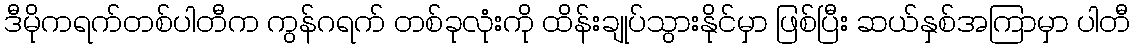
ဒီမိုကရက်တစ်ပါတီက ကွန်ဂရက် တစ်ခုလုံးကို ထိန်းချုပ်သွားနိုင်မှာ ဖြစ်ပြီး ဆယ်နှစ်အကြာမှာ ပါတီ